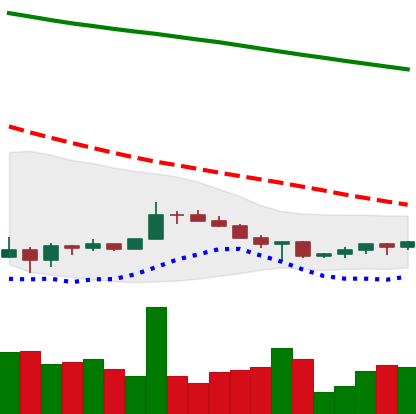
Ticker: XRP-USD
Chart end date: 2022-07-06
Forward return: -5.41%
Label: down_5_7